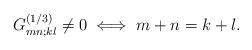
LaTeX: \begin{align*}G^{(1/3)}_{mn;kl}\ne0\iff m+n=k+l.\end{align*}